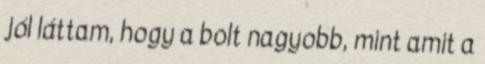
jól láttam, hogy a bolt nagyobb, mint amit a